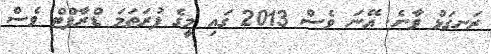
ރަނގަޅު ވާނެ. އޭނަ ވެސް 2013 ގައި މީގެ ފުރަތަމަ ޑްރާފްޓް ވެސް